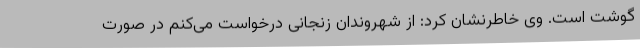
گوشت است. وی خاطرنشان کرد: از شهروندان زنجانی درخواست می‌کنم در صورت